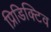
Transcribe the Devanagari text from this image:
प्रिडिक्टिव